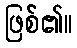
ဖြစ်၏။